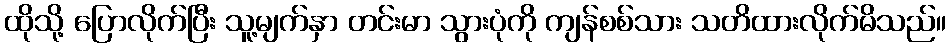
ထိုသို့ ပြောလိုက်ပြီး သူ့မျက်နှာ တင်းမာ သွားပုံကို ကျန်စစ်သား သတိထားလိုက်မိသည်။